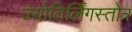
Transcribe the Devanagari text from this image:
ज्योतिर्लिंगस्तोत्र